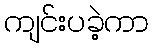
ကျင်းပခဲ့ကာ